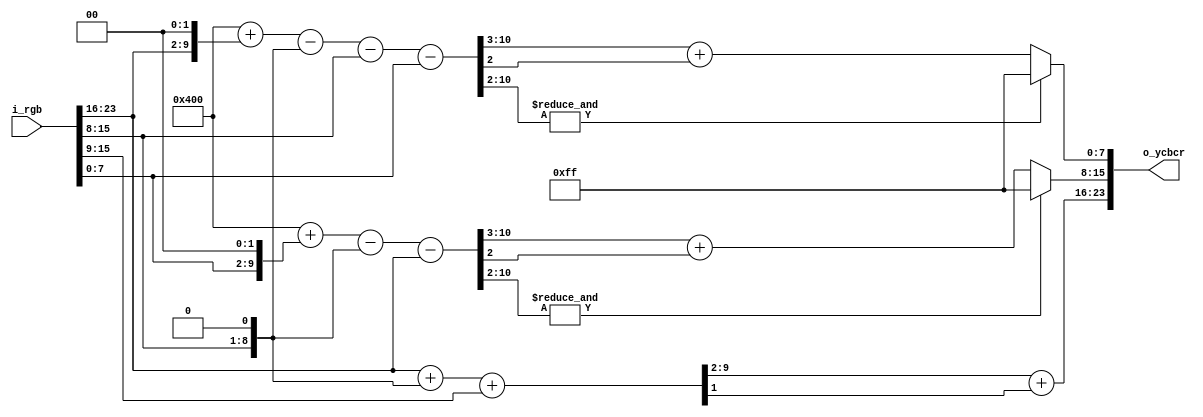
module Color_trans(
	input  [23:0] i_rgb,
	output [23:0] o_ycbcr
);

wire [ 7:0] red, green, blue, y, cb, cr;
wire [ 9:0] temp_y;
wire [10:0] temp_cb, temp_cr;
wire [10:0] const_128;

assign red   = i_rgb[23:16];
assign green = i_rgb[15: 8];
assign blue  = i_rgb[ 7: 0];
assign const_128 = 11'b10000000000;

assign temp_y  = {2'd0, red} + {1'd0, green, 1'd0} + {3'd0, green[7:1]};
assign temp_cb = const_128 + {1'b0, blue, 2'd0} - {2'b0, green, 1'd0} - {3'b0, red};
assign temp_cr = const_128 + {1'b0, red, 2'd0} - {2'b0, green, 1'd0} 
			   - {3'b0, green} - {3'b0, blue};

assign y  = temp_y[9:2] + temp_y[1];
assign cb = &temp_cb[10:2] ? 8'd255 : temp_cb[10:3] + temp_cb[2];
assign cr = &temp_cr[10:2] ? 8'd255 : temp_cr[10:3] + temp_cr[2];

assign o_ycbcr = {y, cb, cr};

endmodule